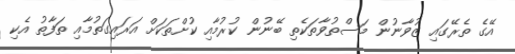
އޭގެ ތެރޭގައި ޒުވާނުން މަސްތުވާތަކެތި ބޭނުން ކުރުމާއި ކުށްތަކަށް އަރައިގަތުމާއި ތަފާތު އެކި